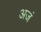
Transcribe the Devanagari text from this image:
अजं